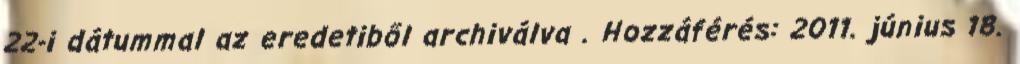
22-i dátummal az eredetiből archiválva . Hozzáférés: 2011. június 18.